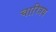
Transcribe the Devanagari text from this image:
चारित्रय